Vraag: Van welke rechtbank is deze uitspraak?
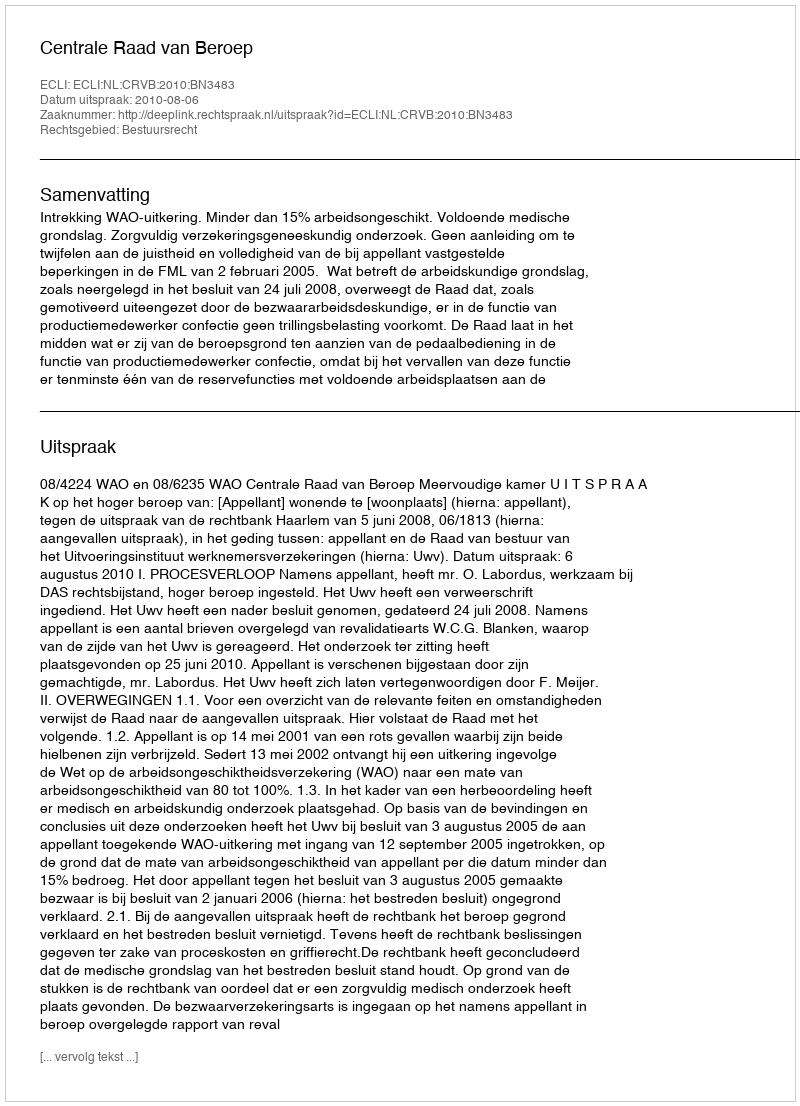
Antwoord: Centrale Raad van Beroep